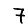
Digit: 7